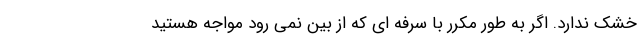
خشک ندارد. اگر به طور مکرر با سرفه ای که از بین نمی رود مواجه هستید